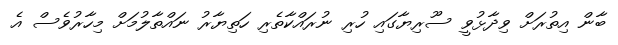
ބާން އިތުރަށް ވިދާޅުވީ ސޫރިޔާގައި ހުރި ނުރައްކާތެރި ހަތިޔާރު ނައްތާލުމަށް މިހާރުވެސް އެ